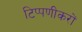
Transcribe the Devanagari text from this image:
टिप्पणीकरों